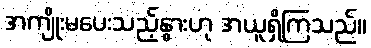
အကျိုးမပေးသည့်နွားဟု အယူရှိကြသည်။